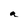
Character: a